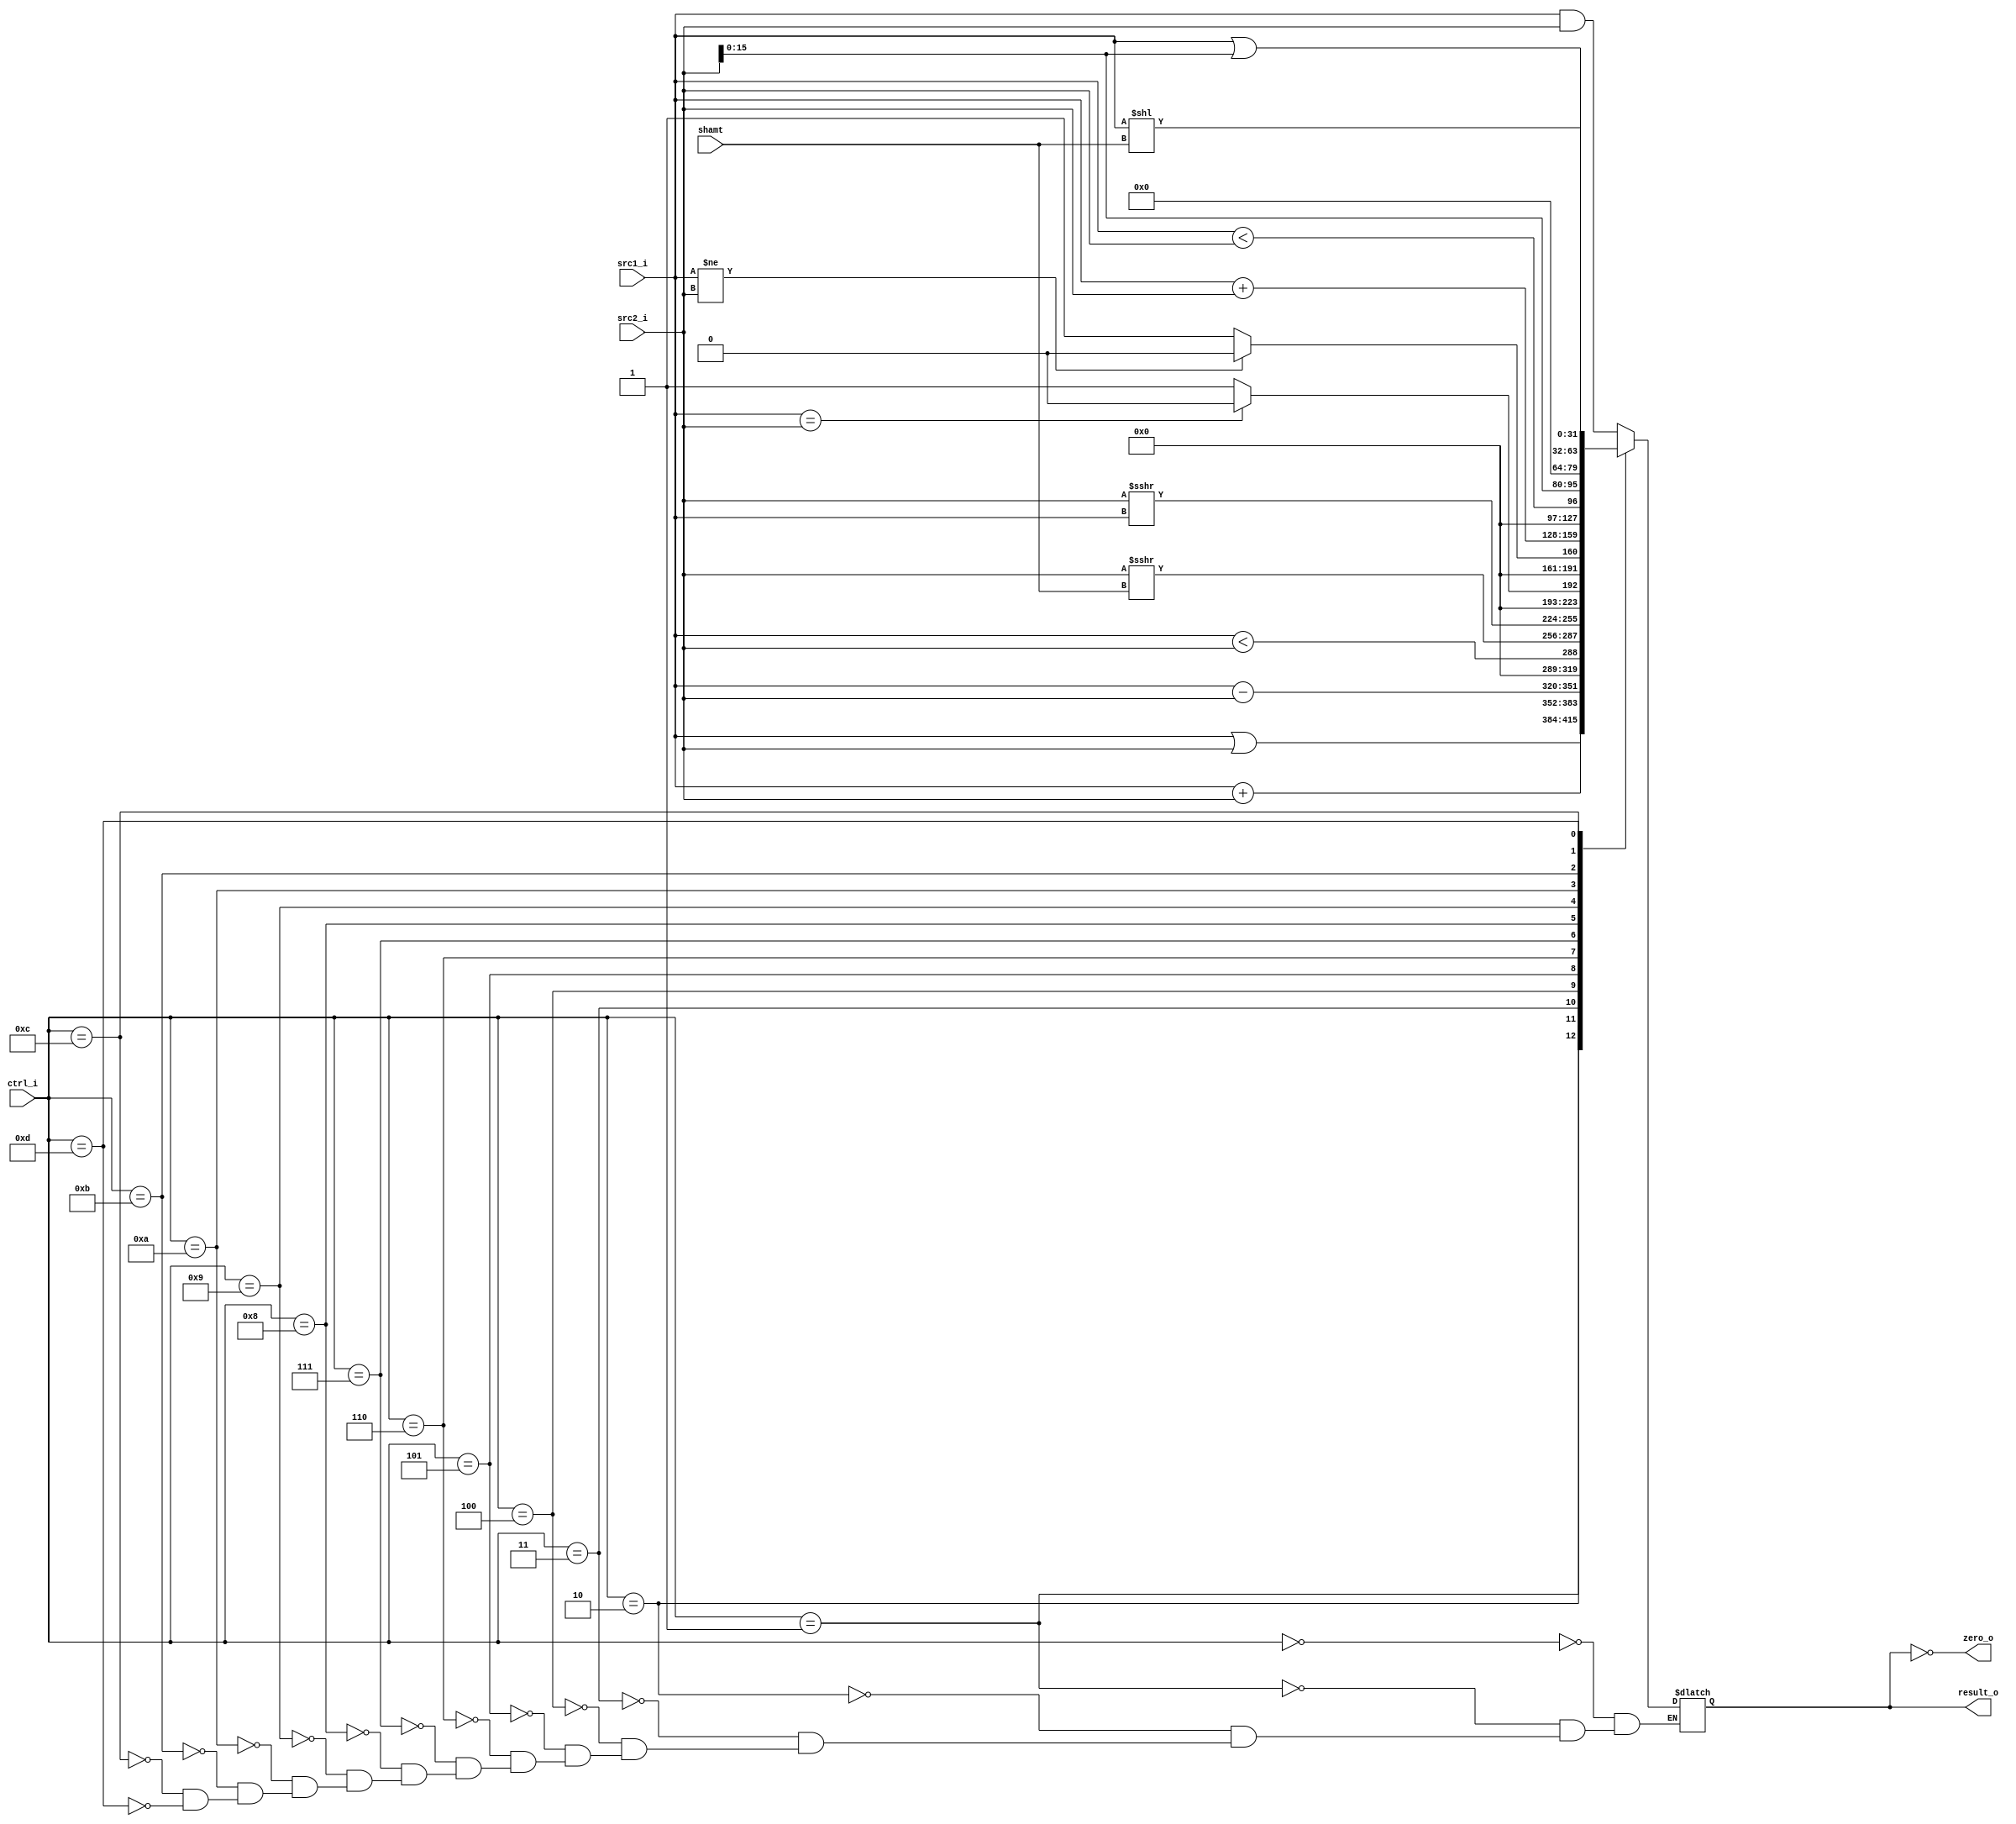
//Subject:     CO project 2 - ALU
//--------------------------------------------------------------------------------
//Version:     1
//--------------------------------------------------------------------------------
//Writer:      0616077 0616091
//----------------------------------------------
//----------------------------------------------
//Description: 
//--------------------------------------------------------------------------------

module ALU(
    src1_i,
    src2_i,
    ctrl_i,
    shamt,
    result_o,
    zero_o
    );
     
//I/O ports
input  [32-1:0]  src1_i;
input  [32-1:0]	 src2_i;
input  [4-1:0]   ctrl_i;
input  [5-1:0]   shamt;

output [32-1:0]	 result_o;
output           zero_o;

//Internal signals
reg    [32-1:0]  result_o;
wire             zero_o;

wire        [32-1:0] unsigned_src1,
                     unsigned_src2;
wire signed [32-1:0] signed_src1,
                     signed_src2;

//Parameter

// R Type
parameter AND   =   0;
parameter OR    =   1;
parameter ADDU  =   2;
parameter SUBU  =   3;
parameter SLT   =   4;
parameter SRA   =   5;
parameter SRAV  =   6;

// I type
parameter BEQ   =   7;
parameter BNE   =   8;
parameter ADDI  =   9;
parameter SLTIU =   10;
parameter LUI   =   11;
parameter ORI   =   12;

parameter SLL   =   13;

//Main function
assign zero_o = (result_o == 0);
assign unsigned_src1 = src1_i;
assign unsigned_src2 = src2_i;
assign signed_src1 = src1_i;
assign signed_src2 = src2_i;

always @(ctrl_i, src1_i, src2_i) begin
    case (ctrl_i)
        AND     : result_o <= src1_i & src2_i;
        OR      : result_o <= src1_i | src2_i;
        ADDU    : result_o <= unsigned_src1 + unsigned_src2;
        SUBU    : result_o <= unsigned_src1 - unsigned_src2;
        SLT     : result_o <= (signed_src1 < signed_src2);
        SRA     : result_o <= signed_src2 >>> shamt;     // sign bit shifted
        SRAV    : result_o <= signed_src2 >>> signed_src1;    // sign bit shifted
        
        BEQ     : result_o <= (src1_i == src2_i) ? 32'b0 : 32'b1; // zero if true
        BNE     : result_o <= (src1_i != src2_i) ? 32'b0 : 32'b1; // zero if true
        ADDI    : result_o <= signed_src1 + signed_src2;
        SLTIU   : result_o <= (unsigned_src1 < unsigned_src2);
        LUI     : result_o <= {src2_i[15:0], 16'b0};
        ORI     : result_o <= src1_i | {16'b0, src2_i[15:0]};
        SLL     : result_o <= src1_i << shamt;
    endcase
end

endmodule